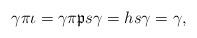
LaTeX: \begin{align*}\gamma \pi \iota = \gamma \pi \mathfrak{p} s \gamma = hs\gamma = \gamma,\end{align*}